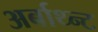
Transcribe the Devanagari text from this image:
अर्बाथ्न्ट